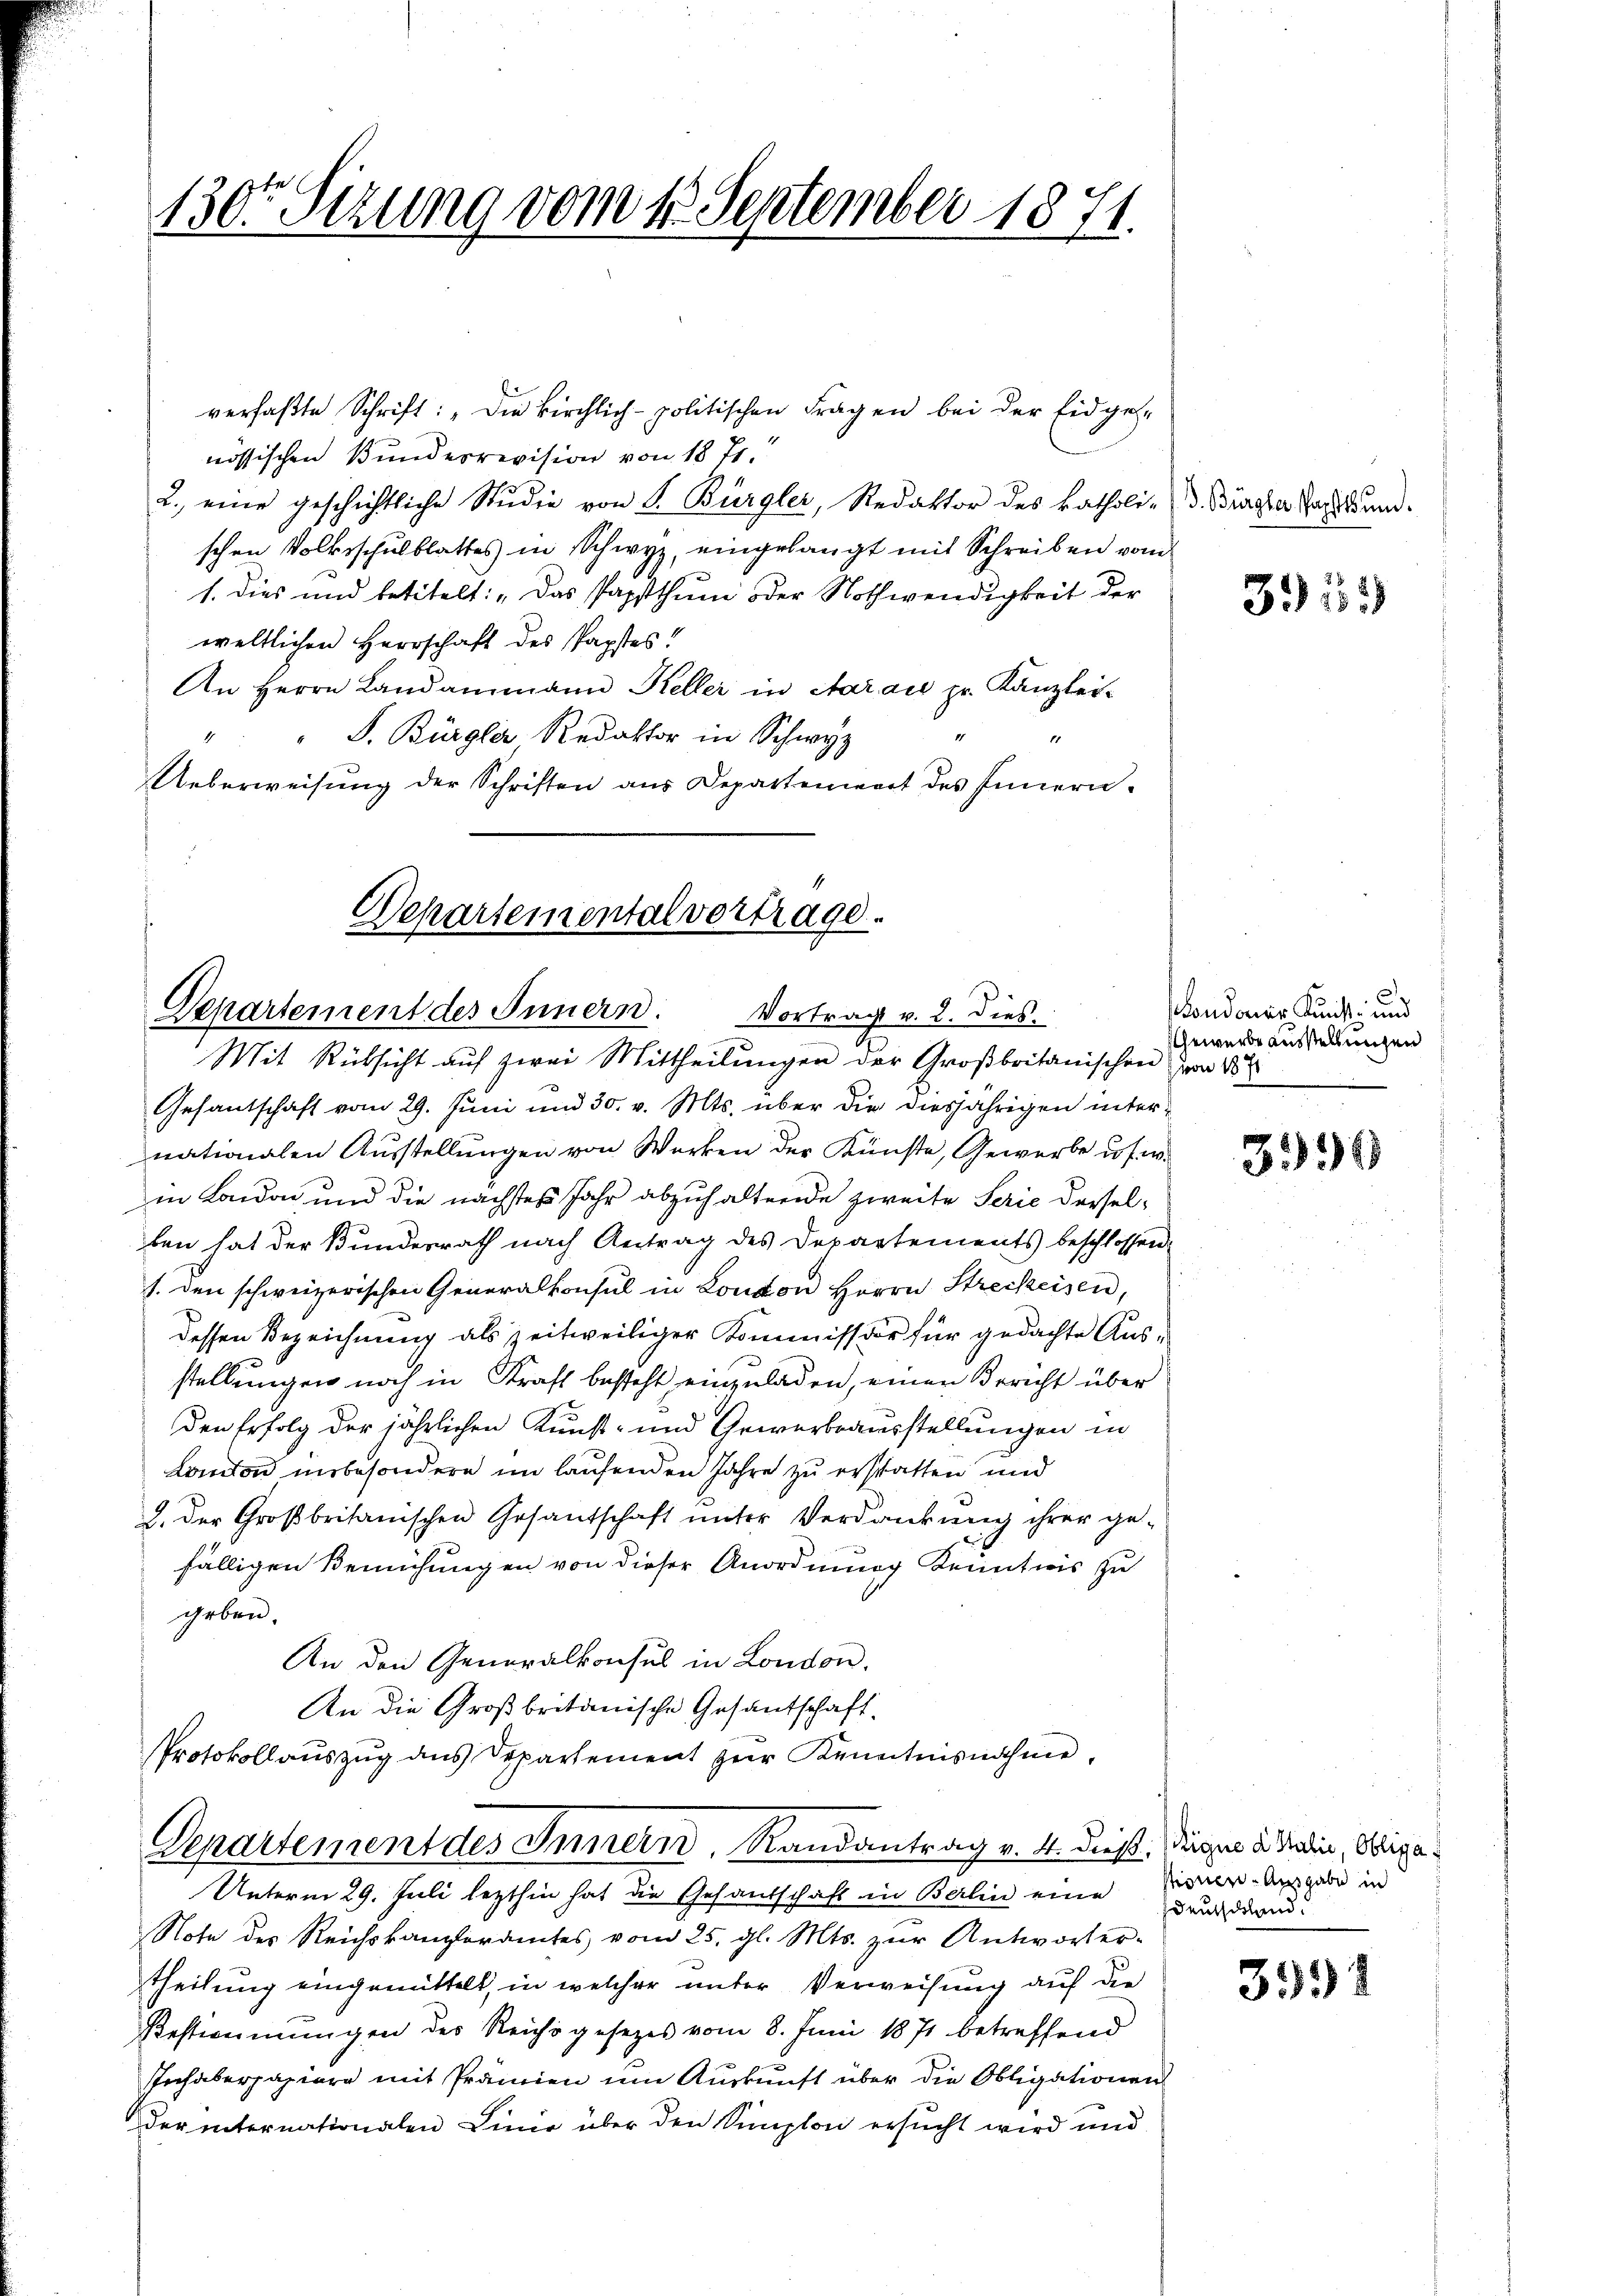
130ten Sizung vom 4. September 1871.

verfaßte Schrift: „Die kirchlich-politischen Fragen bei der Eidgenössischen Bundesrevision von 18 J.
2. eine geschichtliche Studie von P. Bürgler, Redaktor des katholi-
schen Volksschulblattes in Schwyz, eingelangt mit Schreiben vom
1. dies und betitelt: „Das Papsthum oder Nothwendigkeit der
weltlichen Herrschaft des Papstes!
An Herrn Landammann Keller in Aarau pr. Kanzlei-
"" S. Bürgler Redaktor in Schwyz
Ueberweisung der Schriften aus Departement des Innern.

Departementalvertrage.
Departement des Innern. Vortrag v. 2. dies

Mit Rücksicht auf zwei Mittheilungen der Großbritanischen von 18ten
Gesantschaft vom 29. Juni und 30. v. Mts. über die diesjährigen unternationalen Ausstellungen von Werken der Künste, Gewerbe u. s. w.
in London und die nächstes Jahr abzuhaltende zweite Serie derselben hat der Bundesrath nach Antrag des Departements beschlossen,
1. den schweizerischen Generalkonsul in London Herrn Streckeisen,
dessen Bezeichnung als zeitweiliger Kommissior für gedachte Ausstellungen noch in Straft besteht einzuladen, einen Bericht über
den Erfolg der jährlichen Kunst- und Gewerbsausstellungen in
London insbesondere im laufenden Jahre zu erstatten und
2. Der Großbritanischen Gesantschaft unter Verdankung ihrer ge-
fälligen Bemühungen von dieser Anordnung Kenntnis zu
geben.
An den Generalkonsul in London.
An die Großbritanische Gesantschaft
Protokollauszug aus Departement zur Kenntnisnahme,
Departement des Innern, Randantrag v. 4. dieß. Signe a Madin, Obliga
Unterm 29. Juli lezthin hat die Gesandschaft in Berlin eine Baudrand¬
Note des Reichskanzleramtes vom 25. gl. Mts. zŭr Antworter-
theilung eingemittelt, in welcher unter Verweisung auf die
Bestimmungen des Reichsgesetzes vom 8. Juni 1871 betreffend
Inhaberpapiere mit Prämien um Auskunft über die Obligationen
der internationalen Linie über den Simplon ersucht wird und

B. Bürgler Pachthun.

351

)
ondoner Kunst- und
Gewerbe ausstellungen

3994

stionen Ausgabe in

3991